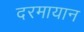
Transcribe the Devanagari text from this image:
दरमायान